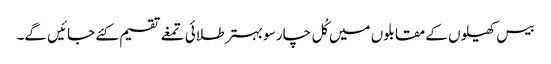
بیس کھیلوں کے مقابلوں میں کُل چار سو بہتر طلائی تمغے تقسیم کئے جائیں گے۔